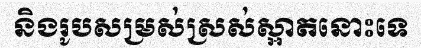
និងរូបសម្រស់ស្រស់ស្អាតនោះទេ